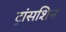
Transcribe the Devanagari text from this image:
ट्रांसशिन